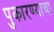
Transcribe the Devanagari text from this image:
पुकारण्याचा